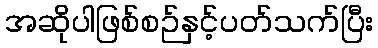
အဆိုပါဖြစ်စဉ်နှင့်ပတ်သက်ပြီး